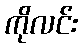
ကိုလင်း